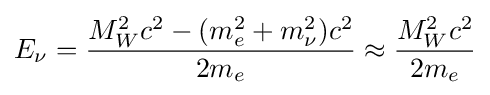
E_{\nu }={\frac {M_{W}^{2}c^{2}-(m_{e}^{2}+m_{\nu }^{2})c^{2}}{2m_{e}}}\approx {\frac {M_{W}^{2}c^{2}}{2m_{e}}}